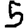
Digit: 5